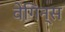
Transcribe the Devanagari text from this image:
वेगिन्स